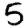
Digit: 5